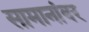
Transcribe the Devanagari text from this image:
सामानांवर